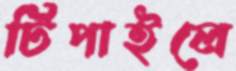
টিপাইলে